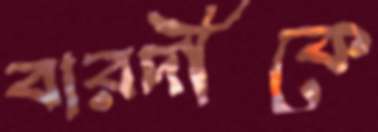
বারদীকে